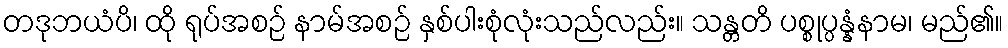
တဒုဘယံပိ၊ ထို ရုပ်အစဉ် နာမ်အစဉ် နှစ်ပါးစုံလုံးသည်လည်း။ သန္တတိ ပစ္စုပ္ပန္နံနာမ၊ မည်၏။